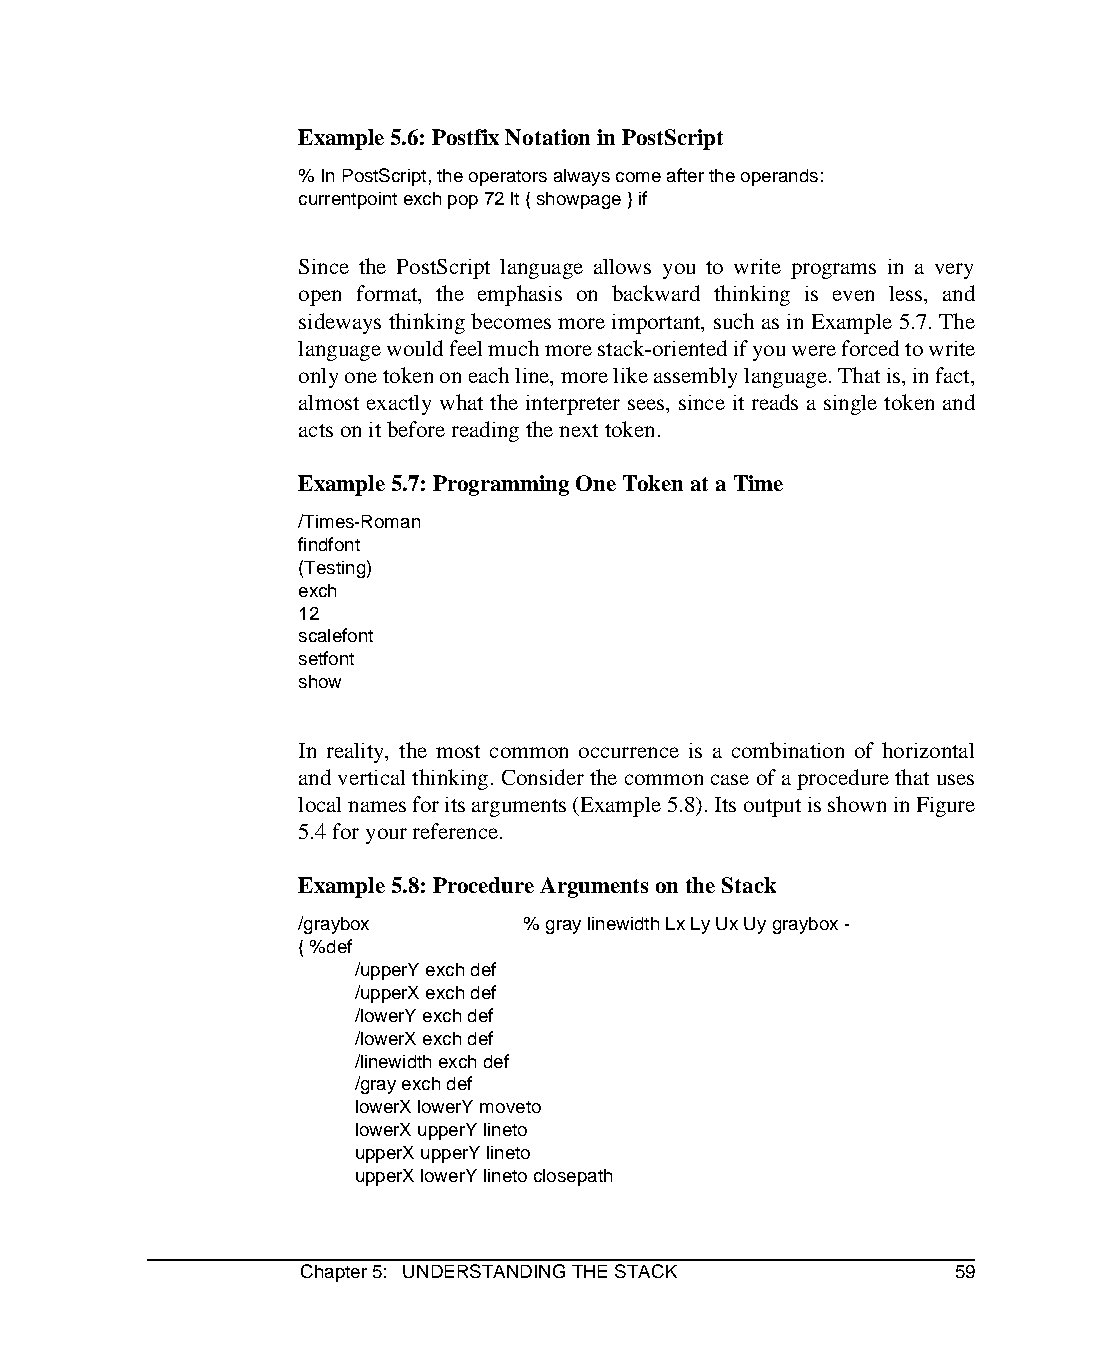
Example 5.6: Postfix Notation in PostScript
 % In PostScript, the operators always come after the operands:
 currentpoint exch pop 72 lt { showpage } if
 Since the PostScript language allows you to write programs in a very
 open format, the emphasis on backward thinking is even less, and
 sideways thinking becomes more important, such as in Example 5.7. The
 language would feel much more stack-oriented if you were forced to write
 only one token on each line, more like assembly language. That is, in fact,
 almost exactly what the interpreter sees, since it reads a single token and
 acts on it before reading the next token.
 Example 5.7: Programming One Token at a Time
 /Times-Roman
 findfont
 (Testing)
 exch
 12
 scalefont
 setfont
 show
 In reality, the most common occurrence is a combination of horizontal
 and vertical thinking. Consider the common case of a procedure that uses
 local names for its arguments (Example 5.8). Its output is shown in Figure
 5.4 for your reference.
 Example 5.8: Procedure Arguments on the Stack
 /graybox       % gray linewidth Lx Ly Ux Uy graybox -
 { %def
 /upperY exch def
 /upperX exch def
 /lowerY exch def
 /lowerX exch def
 /linewidth exch def
 /gray exch def
 lowerX lowerY moveto
 lowerX upperY lineto
 upperX upperY lineto
 upperX lowerY lineto closepath
 Chapter 5: UNDERSTANDING THE STACK         59